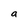
Character: a